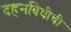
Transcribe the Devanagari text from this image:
दहनविधीची